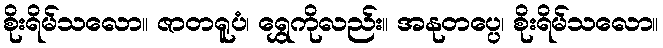
စိုးရိမ်သလော။ ဇာတရူပံ၊ ရွှေကိုလည်း။ အနုတပ္ပေ၊ စိုးရိမ်သလော။